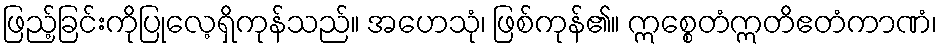
ဖြည့်ခြင်းကိုပြုလေ့ရှိကုန်သည်။ အဟေသုံ၊ ဖြစ်ကုန်၏။ ဣစ္စေတံဣတိဧတံကာဏံ၊